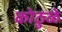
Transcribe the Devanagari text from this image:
कोठुळे